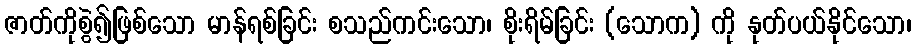
ဇာတ်ကိုစွဲ၍ဖြစ်သော မာန်ရစ်ခြင်း စသည်ကင်းသော၊ စိုးရိမ်ခြင်း (သောက) ကို နုတ်ပယ်နိုင်သော၊